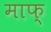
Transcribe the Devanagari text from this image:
माफ्